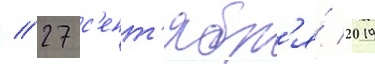
// 27 с'ент'ябр'я́ 2019